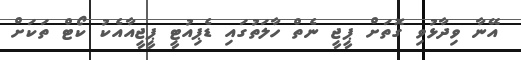
އޭނާ ވިދާޅުވި ގޮތަށް ޕީޖީ ނެތް ހާލަތުގައި ޑެޕިއުޓީ ޕީޖީއާއެކު ކޯޓް ތަކަށް